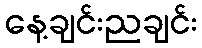
နေ့ချင်းညချင်း